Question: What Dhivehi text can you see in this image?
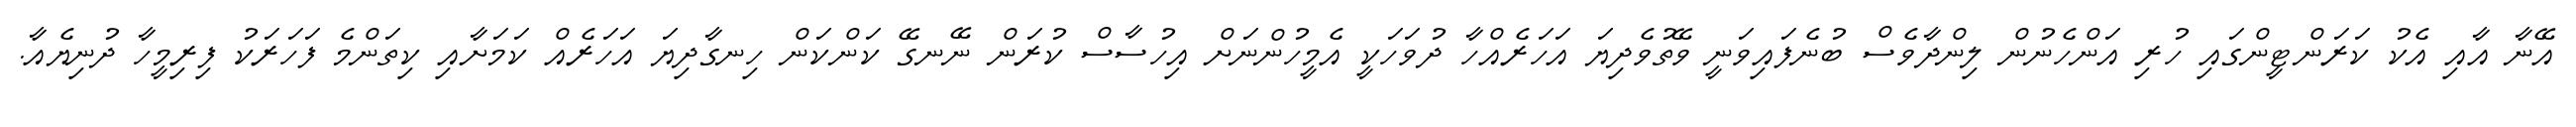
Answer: އޭނާ އާއި އެކު ކަރަންޓީންގައި ހުރި އަންހެނުން ލިންދާވެސް ބުނެފައިވަނީ ވޭތުވެދިޔަ އަހަރެއްހާ ދުވަހަކީ އެމީހުންނަށް އިހުސާސް ކުރަން ނޭނގޭ ކަންކަން ހިނގާދިޔަ އަހަރެއް ކަމަށާއި ކިތަންމެ ފަހަރަކު ފިރިމީހާ ދުނިޔެއާ.